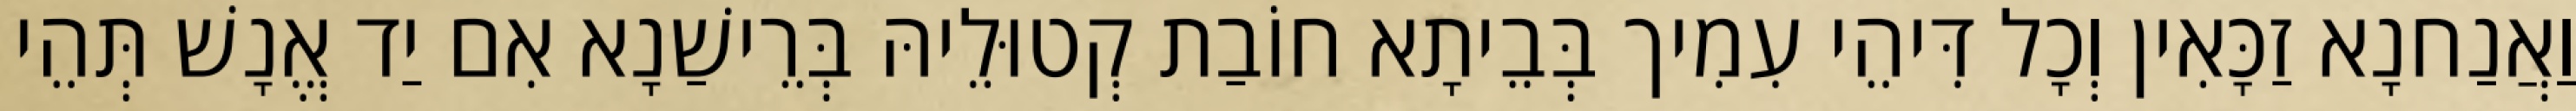
וַאֲנַחנָא זַכָּאִין וְכָל דִּיהֵי עִמִיך בְּבֵיתָא חוֹבַת קְטוּלֵיהּ בְּרֵישַׁנָא אִם יַד אֱנָשׁ תְּהֵי